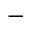
^ -